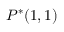
P ^ { * } ( 1 , 1 )